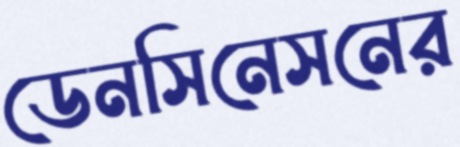
ডেনসিনেসনের